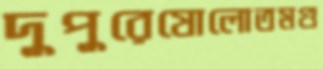
দুপুরেষোলোতমগু